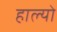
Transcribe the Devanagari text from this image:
हाल्‍यो